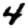
Digit: 4